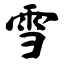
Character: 雪